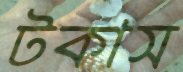
টকাস